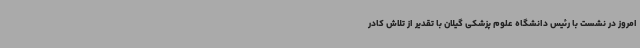
امروز در نشست با رئیس دانشگاه علوم پزشکی گیلان با تقدیر از تلاش کادر